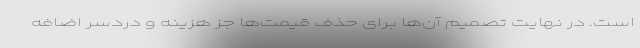
است. در نهایت تصمیم آن‌ها برای حذف قیمت‌ها جز هزینه و دردسر اضافه